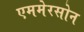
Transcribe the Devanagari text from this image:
एममेरसोन